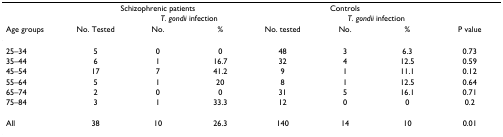
|  | <COLSPAN=3> Schizophrenic patients | <COLSPAN=3> Controls |  |
 |  |  | <COLSPAN=2> T. gondii infection |  | <COLSPAN=2> T. gondii infection |  |
 | Age groups | No. Tested | No. | % | No. tested | No. | % | P value |
 | --- | --- | --- | --- | --- | --- | --- | --- |
 | 25–34 | 5 | 0 | 0 | 48 | 3 | 6.3 | 0.73 |
 | 35–44 | 6 | 1 | 16.7 | 32 | 4 | 12.5 | 0.59 |
 | 45–54 | 17 | 7 | 41.2 | 9 | 1 | 11.1 | 0.12 |
 | 55–64 | 5 | 1 | 20 | 8 | 1 | 12.5 | 0.64 |
 | 65–74 | 2 | 0 | 0 | 31 | 5 | 16.1 | 0.71 |
 | 75–84 | 3 | 1 | 33.3 | 12 | 0 | 0 | 0.2 |
 | All | 38 | 10 | 26.3 | 140 | 14 | 10 | 0.01 |